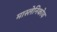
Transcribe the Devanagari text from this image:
मास्लेनिकोव